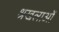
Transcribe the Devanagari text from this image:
श्रखलाओं